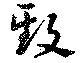
致